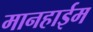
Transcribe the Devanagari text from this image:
मानहाईम